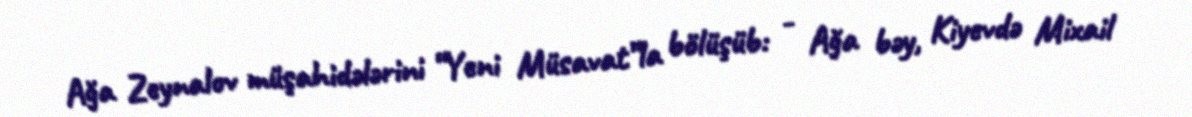
Ağa Zeynalov müşahidələrini “Yeni Müsavat”la bölüşüb: - Ağa bəy, Kiyevdə Mixail